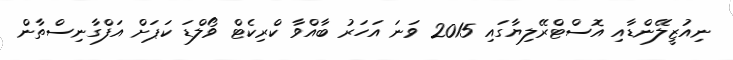
ނިއުޒީލޭންޑާއި އޮސްޓްރޭލިޔާގައި 2015 ވަނަ އަހަރު ބާއްވާ ކްރިކެޓް ވޯލްޑަ ކަޕަށް އަފްގާނިސްތާން